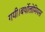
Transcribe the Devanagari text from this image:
गयी।बर्थोलोमियस